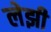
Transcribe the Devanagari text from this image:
लेझी